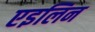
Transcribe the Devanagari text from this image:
एइलिन